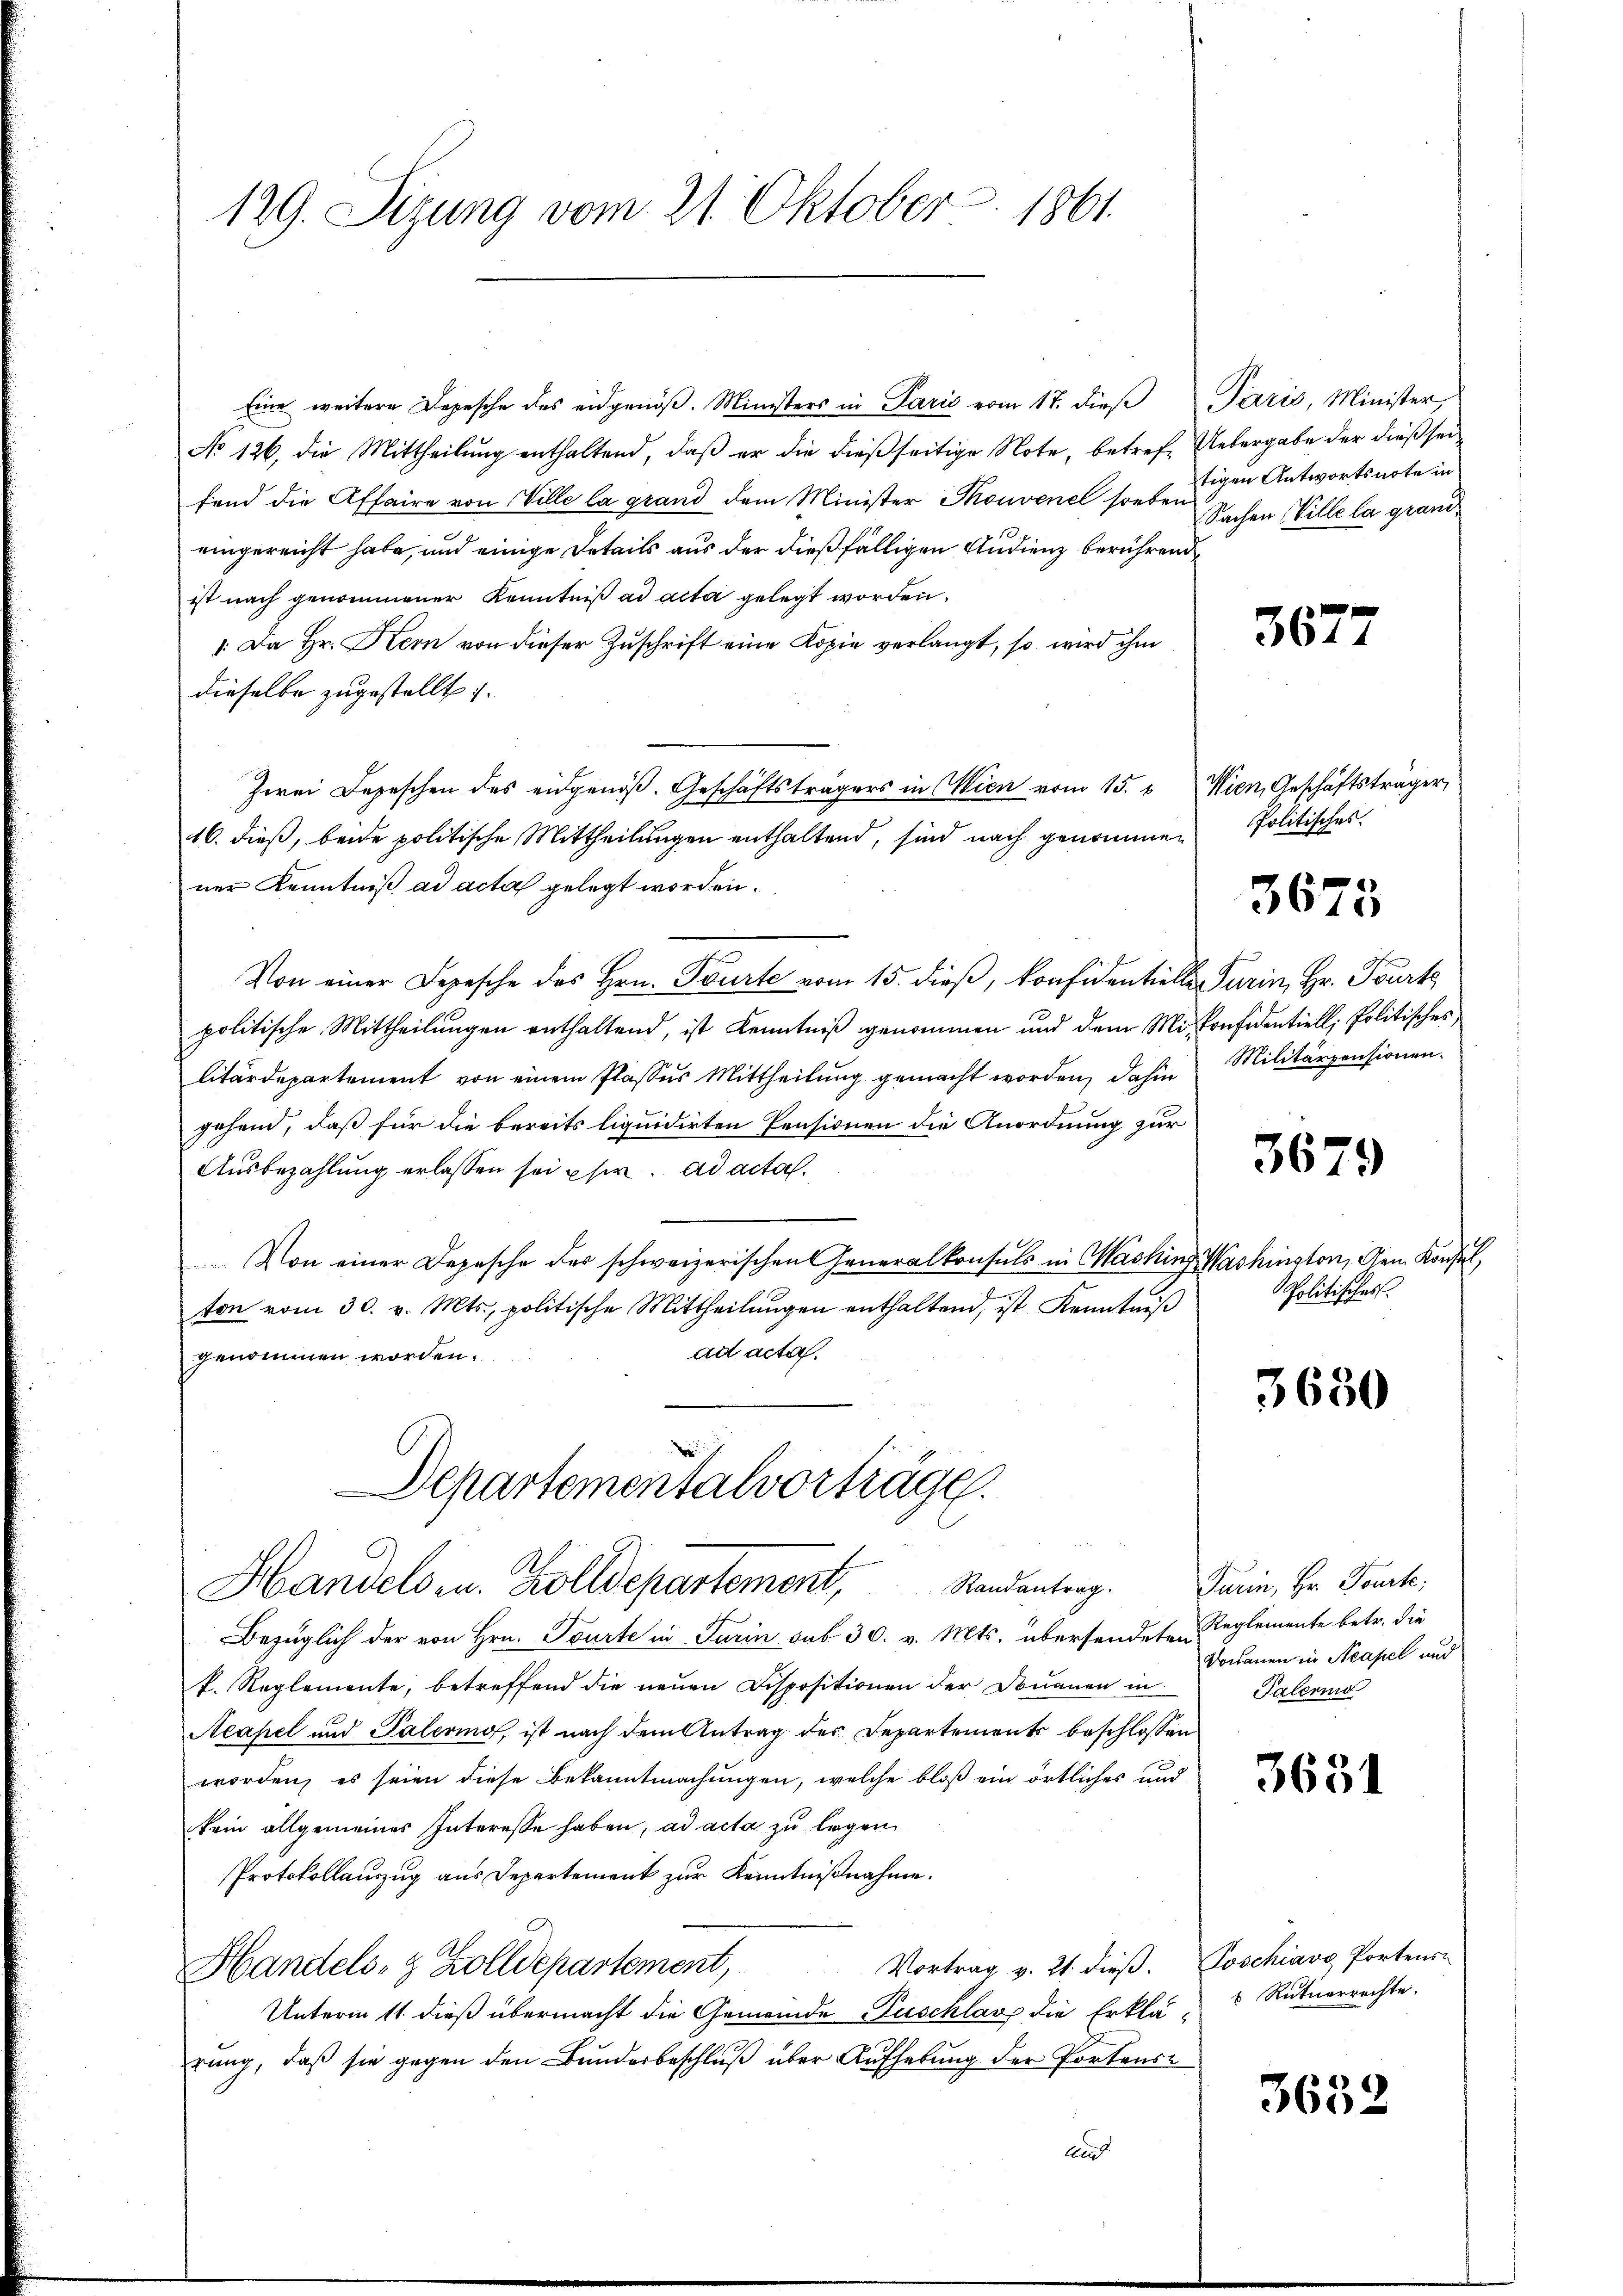
129. Sizung vom 21. Oktober 1861.

Eine weitere Depesche des eidgenöß. Ministers in Parić vom 17. dieß Paris, Minister,
No 126. die Mittheilung enthaltend, daß er die dießseitige Note, betref Uebergabe der dießseifend die Affaire von Wille la grand dem Minister Thouvenel soeben
eingereicht habe, und einige Details aus der dießfälligen Audienz berührend
ist nach genommener Kenntniß ad acta gelegt worden.
: Da Hr. Kern von dieser Zuschrift eine Kopie verlangt, so wird ihm
dieselbe zugestellt.
Zwei Depeschen des eidgenöß. Geschäftsträgers in Wien vom 15. v. Wien, Geschäftsträger,
16. dieß, beide politische Mittheilungen enthaltend, sind nach genommen
ner Kenntniß ad acta gelegt worden.
Von einer Depesche des Hrn. Pourte vom 15. dieβ, konfidentielle Turin, Hr. Tourk
politische Mittheilungen enthaltend, ist Kenntniß genommen und dem Militärdepartement von einem Plassus Mittheilung gemacht worden, dahin
gehend, daß für die bereits liquidirten Pensionen die Anordnung zur
Ausbezahlung erlassen sei eher. ad acta.
Von einer Depesche des schweizerischen Generalkonsuls in Machind
ton vom 30. v. Mts., politische Mittheilŭngen enthaltend, ist Kenntniβ
ad acta.
genommen worden.
Departementalvorträge.
Handelsen. Zolldepartement, Randentrag.
Bezüglich der von Hrn. Tourte in Turin sub 30. v. Mts. übersendeten
k. Reglemente, betreffend die neuen Dispositionen der Douanen in
Neapel und Palermof, ist nach dem Antrag des Departements beschlossen
worden, es seien diese Bekanntmachungen, welche bloß ein örtliches und
kein allgemeines Interesse haben, ad acta zu legen
Protokollauszug aus Departement zur Kenntnißnahme.
Vortrag v. 21. dieß.
Handels- & Zolldepartement,
Unterm 11. dieß übermacht die Gemeinde Puschlauf die Erklä-
rung, daß sie gegen den Bunderbeschluß über Aufhebung der Portense
und

tigen Antwortsnote in
Sachen Wille la grand¬

3677

Politisches.

3675

Considentiell, Politisches
Militärpensionen.

3679

Vashington, dem Konsul,
Politisches

3680

Turin, Hr. Tourte;
Reglemente betr. die
Doranen in Neapel und
Palering

3651

Poschiavo Portens-
 Rutuerrechte.

3652